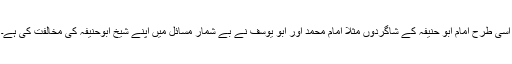
اسی طرح امام ابو حنیفہؒ کے شاگردوں مثلاً امام محمد اور ابو یوسف نے بے شمار مسائل میں اپنے شیخ ابوحنیفہؒ کی مخالفت کی ہے۔